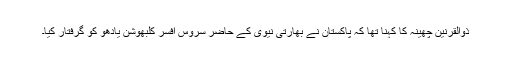
ذوالقرنین چھینہ کا کہنا تھا کہ پاکستان نے بھارتی نیوی کے حاضر سروس افسر کلبھوشن یادھو کو گرفتار کیا۔